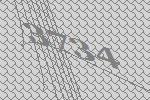
3734